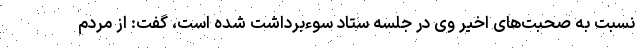
نسبت به صحبت‌های اخیر وی در جلسه ستاد سوءبرداشت شده است، گفت: از مردم